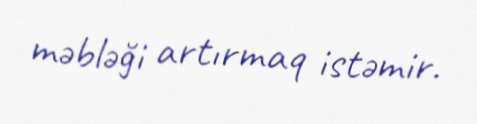
məbləği artırmaq istəmir.